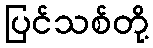
ပြင်သစ်တို့